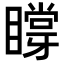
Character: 𥊼